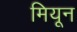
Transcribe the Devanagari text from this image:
मियून